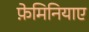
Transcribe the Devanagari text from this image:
फ़ेमिनियाए